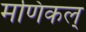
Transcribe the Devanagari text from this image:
मणिकल्